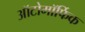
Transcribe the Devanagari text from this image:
ऑटोमॉर्फिक